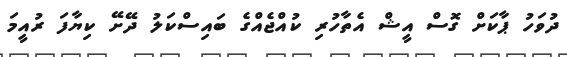
ދުވަހު ޕާކަށް ގޮސް އީޝް އެތާހުރި ކުއްޖެއްގެ ބައިސްކަލު ދޭށޭ ކިޔާފަ ރުއީމަ